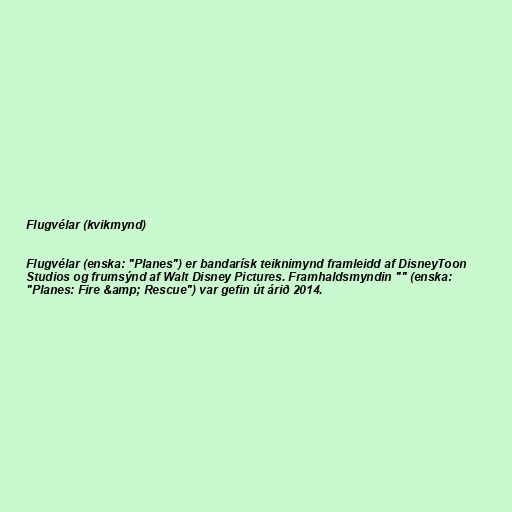
Flugvélar (kvikmynd)

Flugvélar (enska: "Planes") er bandarísk teiknimynd framleidd af DisneyToon
Studios og frumsýnd af Walt Disney Pictures. Framhaldsmyndin "" (enska:
"Planes: Fire &amp; Rescue") var gefin út árið 2014.